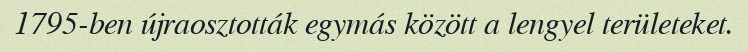
1795-ben újraosztották egymás között a lengyel területeket.